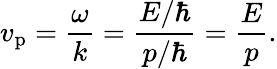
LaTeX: v_{\mathrm{p}}={\frac{\omega}{k}}={\frac{E/\hbar}{p/\hbar}}={\frac{E}{p}}.